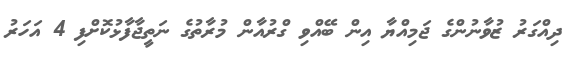
ދިއްގަރު ޒުވާނުންގެ ޖަމިއްޔާ އިން ބޭއްވި ގްރުއާން މުރާތުގެ ނަތީޖާފާޅުކޮށްފި 4 އަހަރު